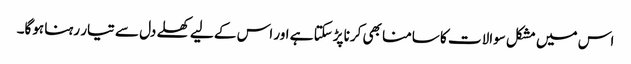
اس میں مشکل سوالات کا سامنا بھی کرنا پڑسکتا ہے اور اس کے لیے کھلے دل سے تیار رہنا ہوگا۔